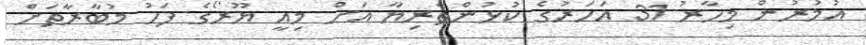
އުމުރުން މިހާރު 31 އަހަރުގެ ކުޅުންތެރިޔާ އަށް މިއީ ޔޫރޯގެ ފަހު މުބާރާތަށް